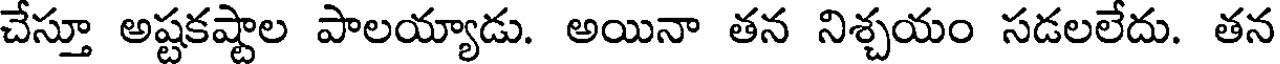
చేస్తూ అష్టకష్టాల పాలయ్యాడు. అయినా తన నిశ్చయం సడలలేదు. తన